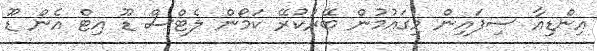
އިންޑިއާ ސިފައިން މިގައުމުން ބޭރުކުރޭ ކަމޯން ލެޓްސް ޑޫ އިޓް އެން ޑޫ